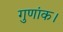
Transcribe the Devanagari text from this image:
गुणांक।